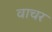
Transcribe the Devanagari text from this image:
वाचर